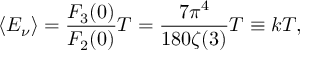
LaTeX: \langle E _ { \nu } \rangle = \frac { F _ { 3 } ( 0 ) } { F _ { 2 } ( 0 ) } T = \frac { 7 \pi ^ { 4 } } { 1 8 0 \zeta ( 3 ) } T \equiv k T ,